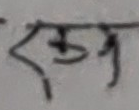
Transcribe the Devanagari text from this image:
केज्ञ